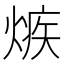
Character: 𤌿